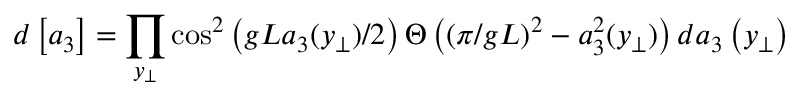
d \left[ a _ { 3 } \right] = \prod _ { y _ { \perp } } \cos ^ { 2 } \left( g L a _ { 3 } ( y _ { \perp } ) / 2 \right) \Theta \left( ( \pi / g L ) ^ { 2 } - a _ { 3 } ^ { 2 } ( y _ { \perp } ) \right) d a _ { 3 } \left( y _ { \perp } \right)